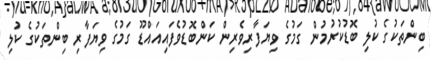
ބިންތަކުގެ ކުލި ބޮޑުކުރުމުން ގަމުގެ ވިޔަފާރިވެރިން ކަންބޮޑުވެފައިއައްޑޫ ގަމުގެ ވިޔަފާރި ބިންތަކުގެ ކުލި